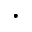
\cdot